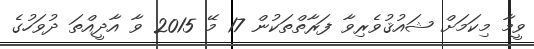
ވީމާ މިކަމަށް ޝައުޤުވެރިވާ ފަރާތްތަކުން 17 މޭ 2015 ވާ އާދީއްތަ ދުވަހުގެ